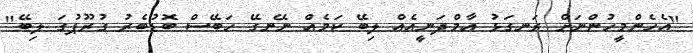
"އެހެންމީހުންނަށް ރަނގަޅު އާމްދަނީއެއް ލިބޭ ކަމެއް ނޭނގޭ ހަބޭސް ބޮޑުބެރު ގުރޫޕުގަ ލިބޭ"